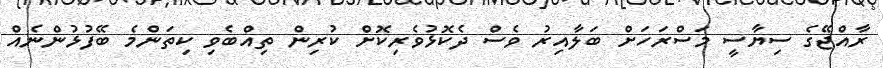
ރާއްޖޭގެ ސިޔާސީ މަސްރަހަށް ބަލާއިރު ވެސް ދެކޮޅުވެރިކޮށް ކުރިން ތިއްބެވި ކިތަންމެ ބޭފުޅުންނެއް